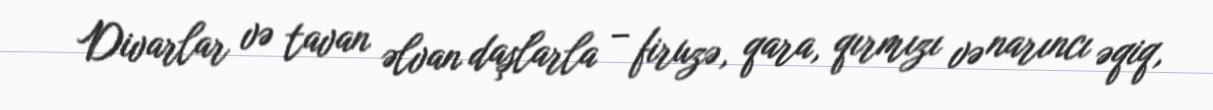
Divarlar və tavan əlvan daşlarla – firuzə, qara, qırmızı və narıncı əqiq,